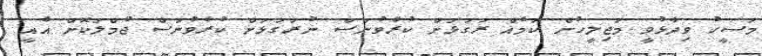
މަސީހު ވިދާޅުވީ މަޖިލީހުން ކަމެއް ރަގަޅަށް ކުރެވުނަސް ނުރަގަޅަށް ކުރެވުނަސް ޖުމްލަކޮށް އެއީ